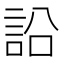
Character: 䛇